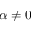
\alpha \neq 0